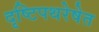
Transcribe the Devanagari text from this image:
दृष्टिपथरेषेत